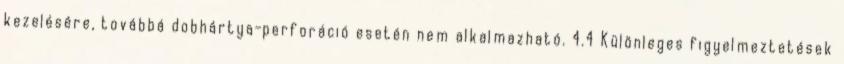
kezelésére, továbbá dobhártya-perforáció esetén nem alkalmazható. 4.4 Különleges figyelmeztetések